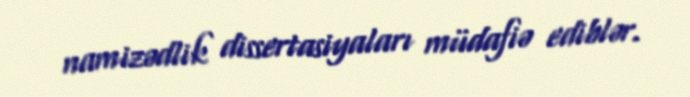
namizədlik dissertasiyaları müdafiə ediblər.